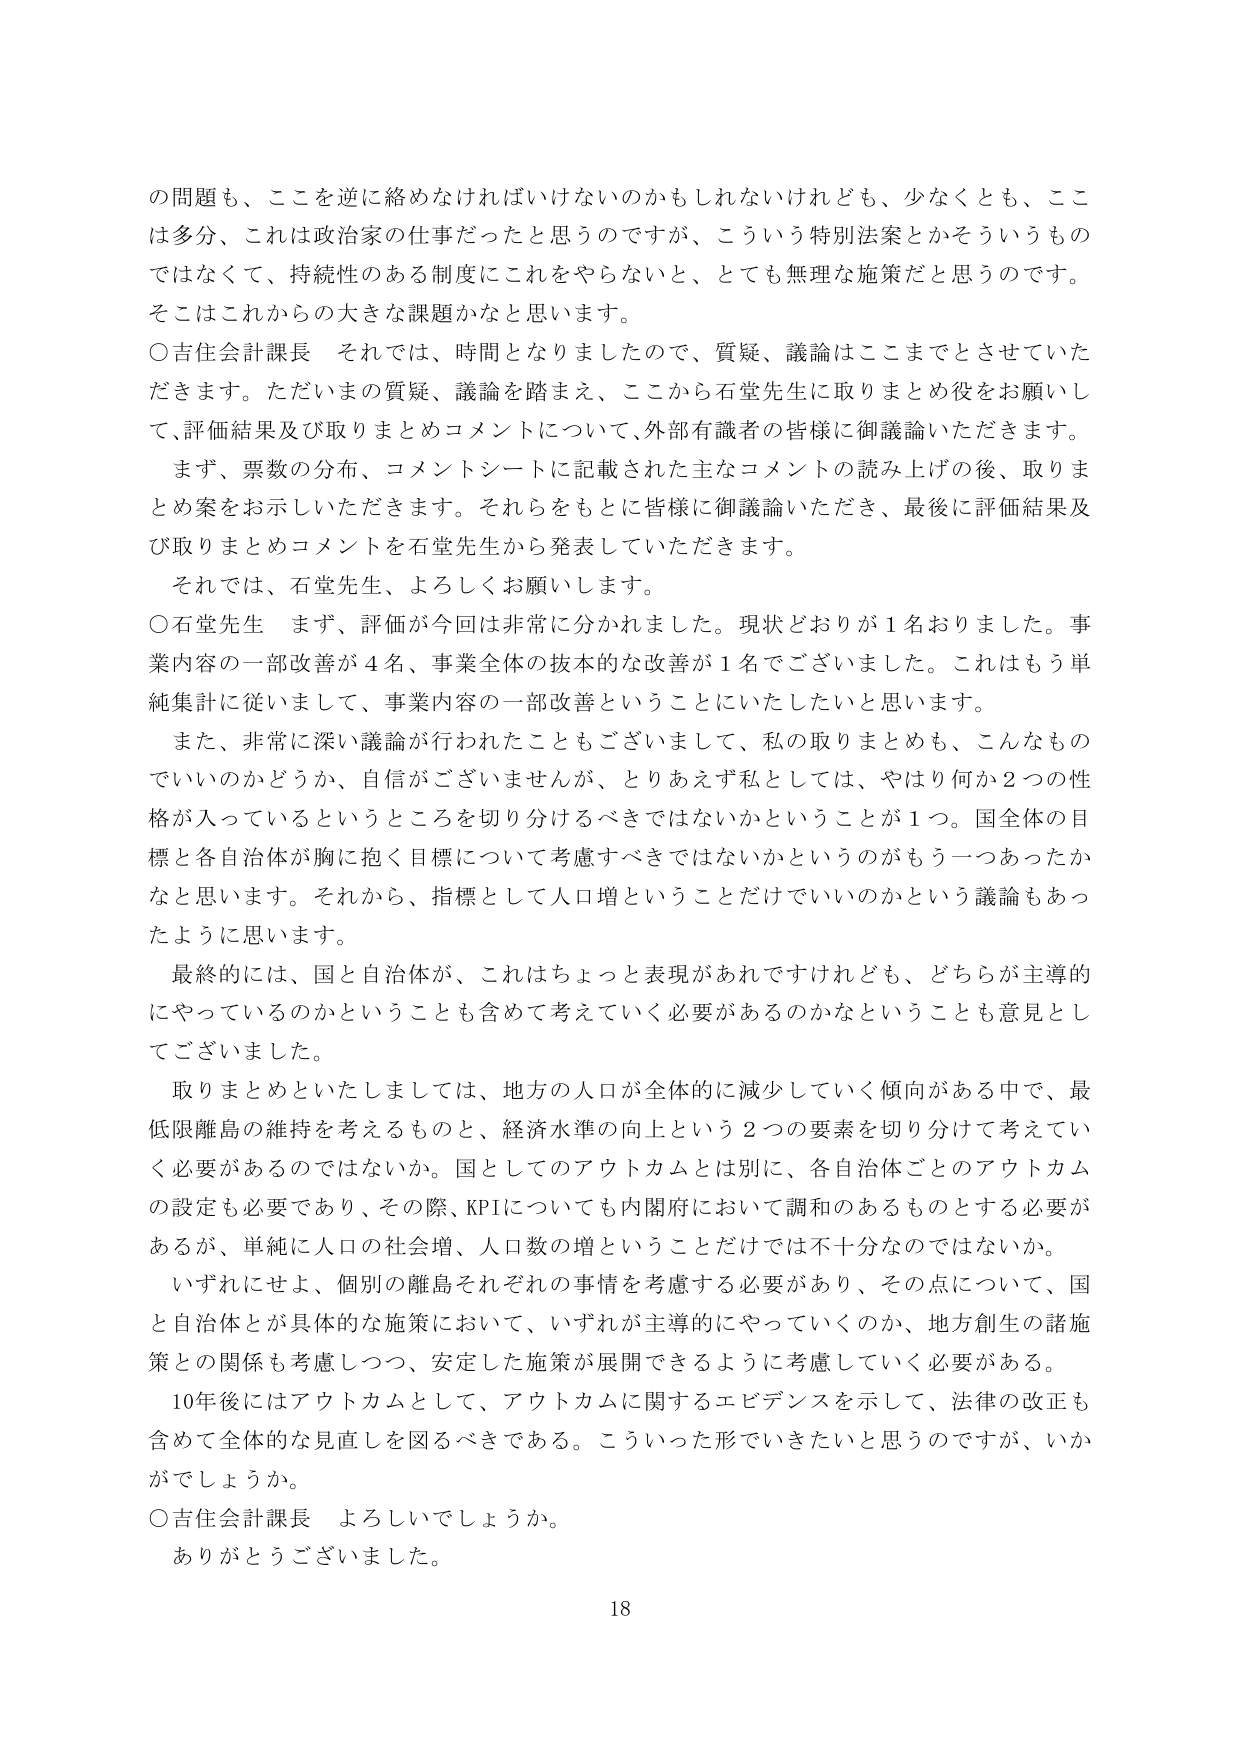
の問題も、ここを逆に絡めなければならないのかもしれないけれども、少なくとも、ここは多分、これは政治家の仕事だったと思うのですが、こういう特別法案とかそういうものではなくて、持続性のある制度にこれをやらないと、とても無理な施策だと思うのです。そこはこれからの大きな課題かなと思います。

○吉住会計課長　それでは、時間となりましたので、質疑、議論はここまでとさせていただきます。ただいまの質疑、議論を踏まえ、ここから石堂先生に取りまとめ役をお願いして、評価結果及び取りまとめコメントについて、外部有識者の皆様に御議論いただきます。

まず、票数の分布、コメントシートに記載された主なコメントの読み上げの後、取りまとめ案をお示しいただきます。それらをもとに皆様に御議論いただき、最後に評価結果及び取りまとめコメントを石堂先生から発表していただきます。

それでは、石堂先生、よろしくお願いします。

○石堂先生　まず、評価が今回は非常に分かれました。現状どおりが1名おりました。事業内容の一部改善が4名、事業全体の抜本的な改善が1名でございました。これはもう単純集計に従いまして、事業内容の一部改善ということにいたしたいと思います。

また、非常に深い議論が行われたこともございまして、私の取りまとめも、こんなものでいいのかどうか、自信がございませんが、とりあえず私としては、やはり何か2つの性格が入っているというところを切り分けるべきではないかということが1つ。国全体の目標と各自治体が胸に抱く目標について考慮すべきではないかというのがもう一つあったかなと思います。それから、指標として人口増ということだけでいいのかという議論もあったように思います。

最終的には、国と自治体が、これはちょっと表現があれですけれども、どちらが主導的にやっているのかということも含めて考えていく必要があるのかなということも意見としてございました。

取りまとめといたしましては、地方の人口が全体的に減少していく傾向がある中で、最低限離島の維持を考えるものと、経済水準の向上という2つの要素を切り分けて考えていく必要があるのではないか。国としてのアウトカムとは別に、各自治体ごとのアウトカムの設定も必要であり、その際、KPIについても内閣府において調和のあるものとする必要があるが、単純に人口の社会増、人口数の増ということだけでは不十分なのではないか。

いずれにせよ、個別の離島それぞれの事情を考慮する必要があり、その点について、国と自治体とが具体的な施策において、いずれが主導的にやっていくのか、地方創生の諸施策との関係も考慮しつつ、安定した施策が展開できるように考慮していく必要がある。

10年後にはアウトカムとして、アウトカムに関するエビデンスを示して、法律の改正も含めて全体的な見直しを図るべきである。こういった形でいきたいと思うのですが、いかがでしょうか。

○吉住会計課長　よろしいでしょうか。

ありがとうございました。

18